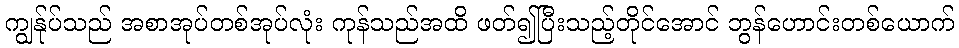
ကျွန်ုပ်သည် အစာအုပ်တစ်အုပ်လုံး ကုန်သည်အထိ ဖတ်၍ပြီးသည့်တိုင်အောင် ဘွန်ဟောင်းတစ်ယောက်